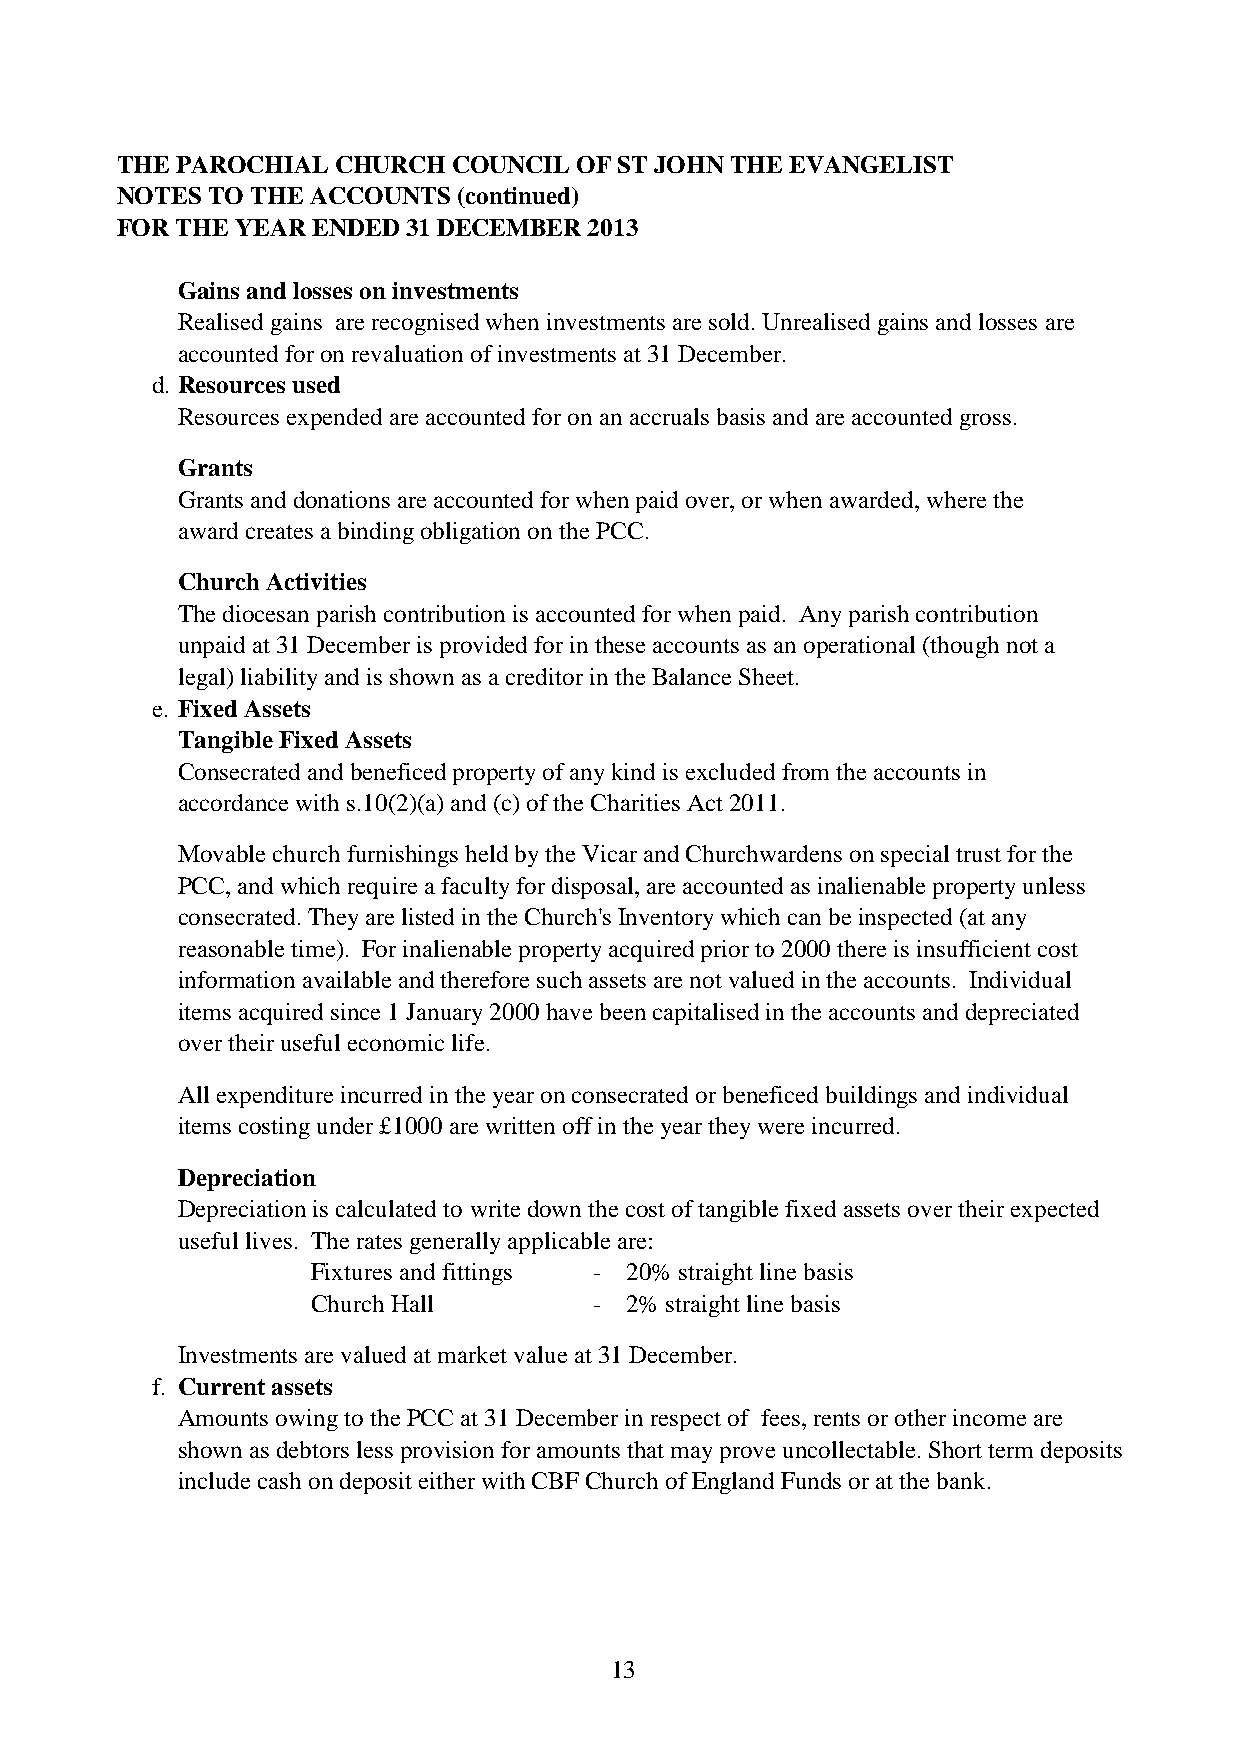
THE PAROCHIAL CHURCH  COUNCIL OF ST JOHN THE EVANGELIST
 NOTES TO THE ACCOUNTS (continued)
 FOR THE YEAR ENDED 31 DECEMBER 2013
 Gains and losses on investments
 Realised gains are recognised when investments are sold. Unrealised gains and losses are
 accounted for on revaluation of investments at 31 December.
 d. Resources used
 Resources expended are accounted for on an accruals basis and are accounted gross.
 Grants
 Grants and donations are accounted for when paid over, or when awarded, where the
 award creates a binding obligation on the PCC.
 Church Activities
 The diocesan parish contribution is accounted for when paid. Any parish contribution
 unpaid at 31 December is provided for in these accounts as an operational (though not a
 legal) liability and is shown as a creditor in the Balance Sheet.
 e. Fixed Assets
 Tangible Fixed Assets
 Consecrated and beneficed property of any kind is excluded from the accounts in
 accordance with s.10(2)(a) and (c) of the Charities Act 2011.
 Movable church furnishings held by the Vicar and Churchwardens on special trust for the
 PCC, and which require a faculty for disposal, are accounted as inalienable property unless
 consecrated. They are listed in the Church's Inventory which can be inspected (at any
 reasonable time). For inalienable property acquired prior to 2000 there is insufficient cost
 information available and therefore such assets are not valued in the accounts. Individual
 items acquired since 1 January 2000 have been capitalised in the accounts and depreciated
 over their useful economic life.
 All expenditure incurred in the year on consecrated or beneficed buildings and individual
 items costing under £1000 are written off in the year they were incurred.
 Depreciation
 Depreciation is calculated to write down the cost of tangible fixed assets over their expected
 useful lives. The rates generally applicable are:
 Fixtures and fittings - 20% straight line basis
 Church Hall       - 2% straight line basis
 Investments are valued at market value at 31 December.
 f. Current assets
 Amounts owing to the PCC at 31 December in respect of fees, rents or other income are
 shown as debtors less provision for amounts that may prove uncollectable. Short term deposits
 include cash on deposit either with CBF Church of England Funds or at the bank.
 13